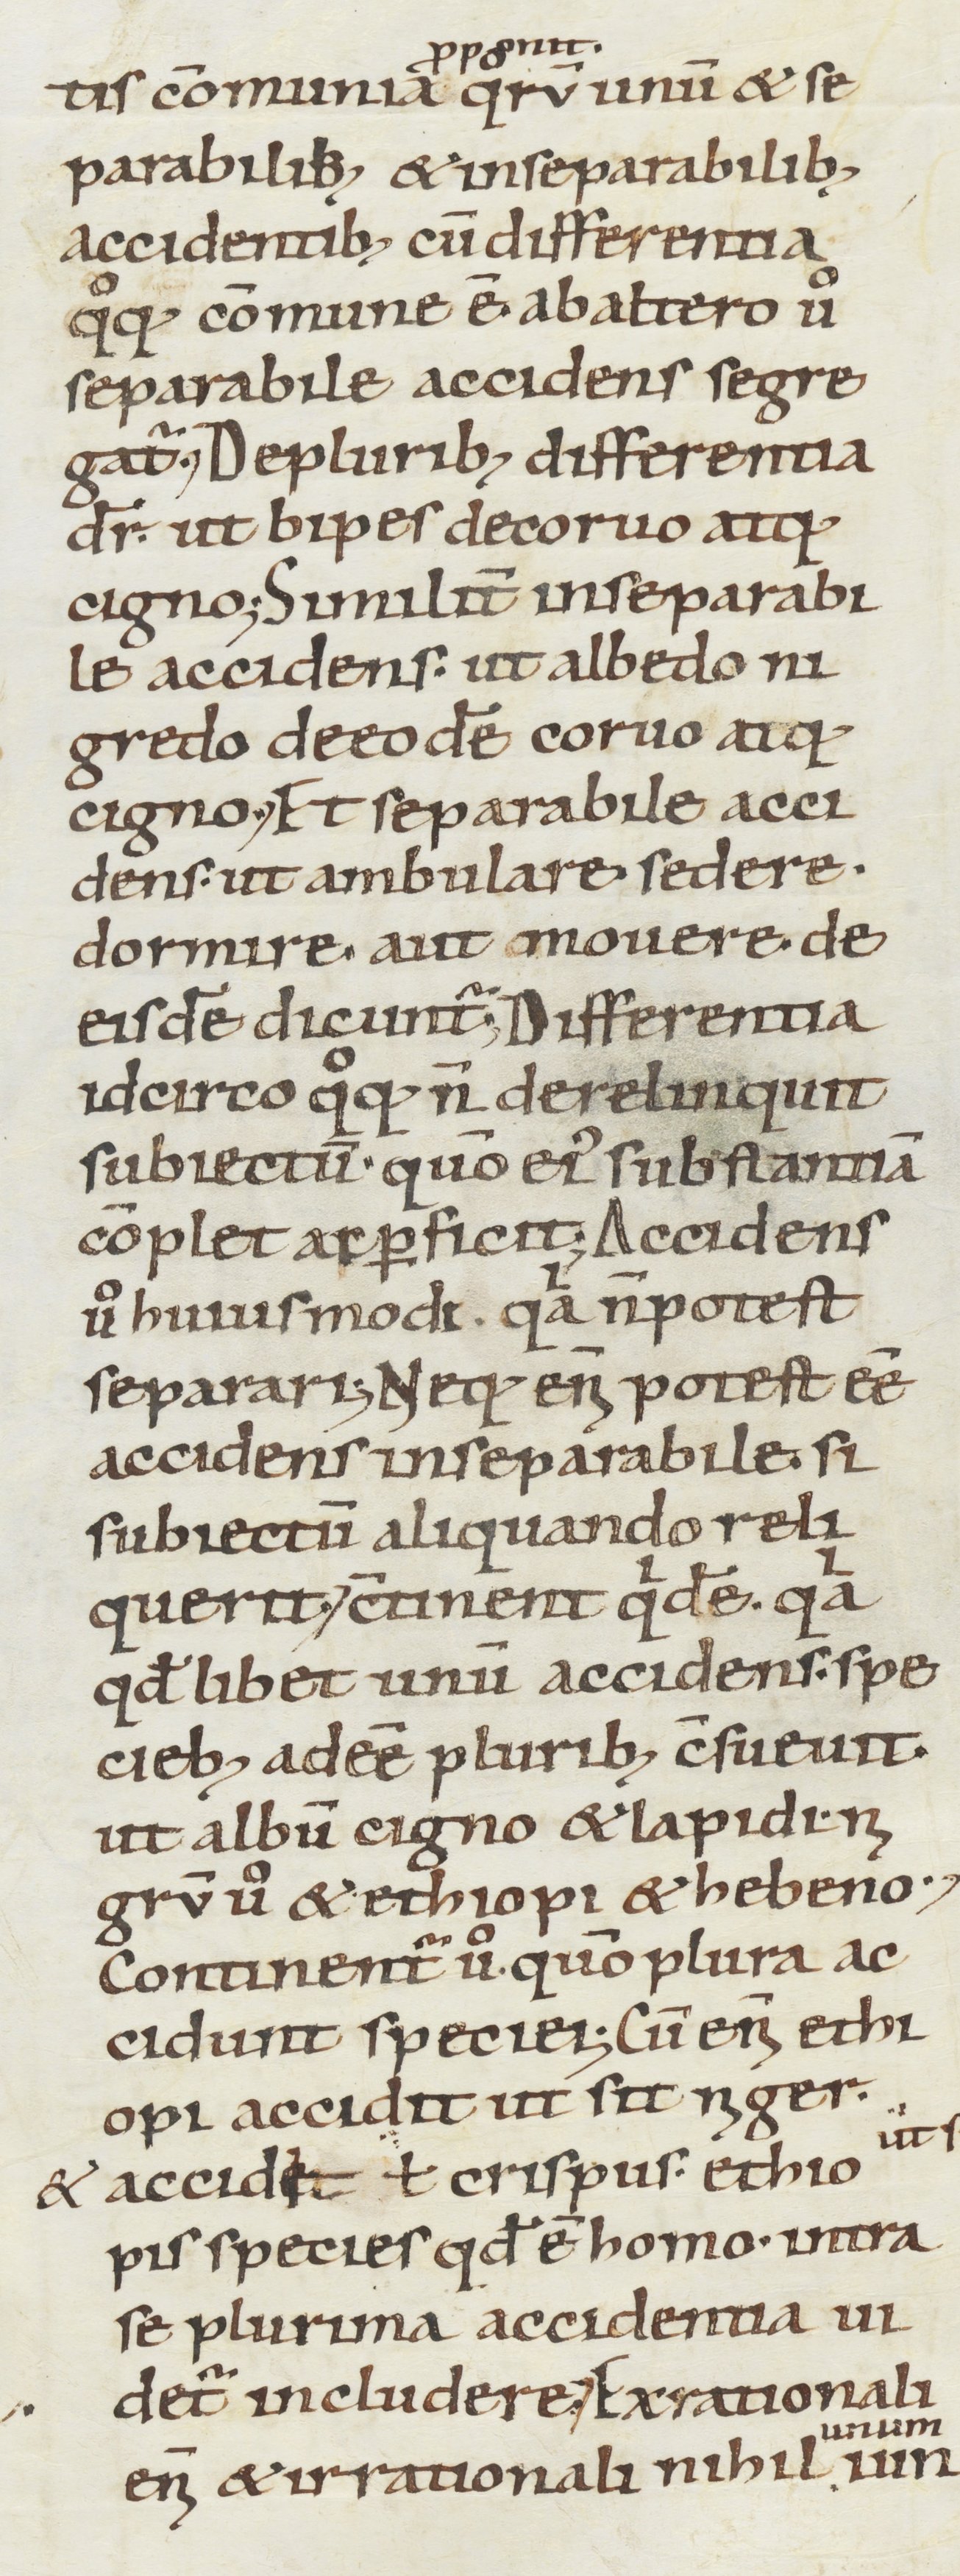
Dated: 1000–1099